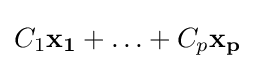
C_{1}\mathbf {x_{1}} +\ldots +C_{p}\mathbf {x_{p}}